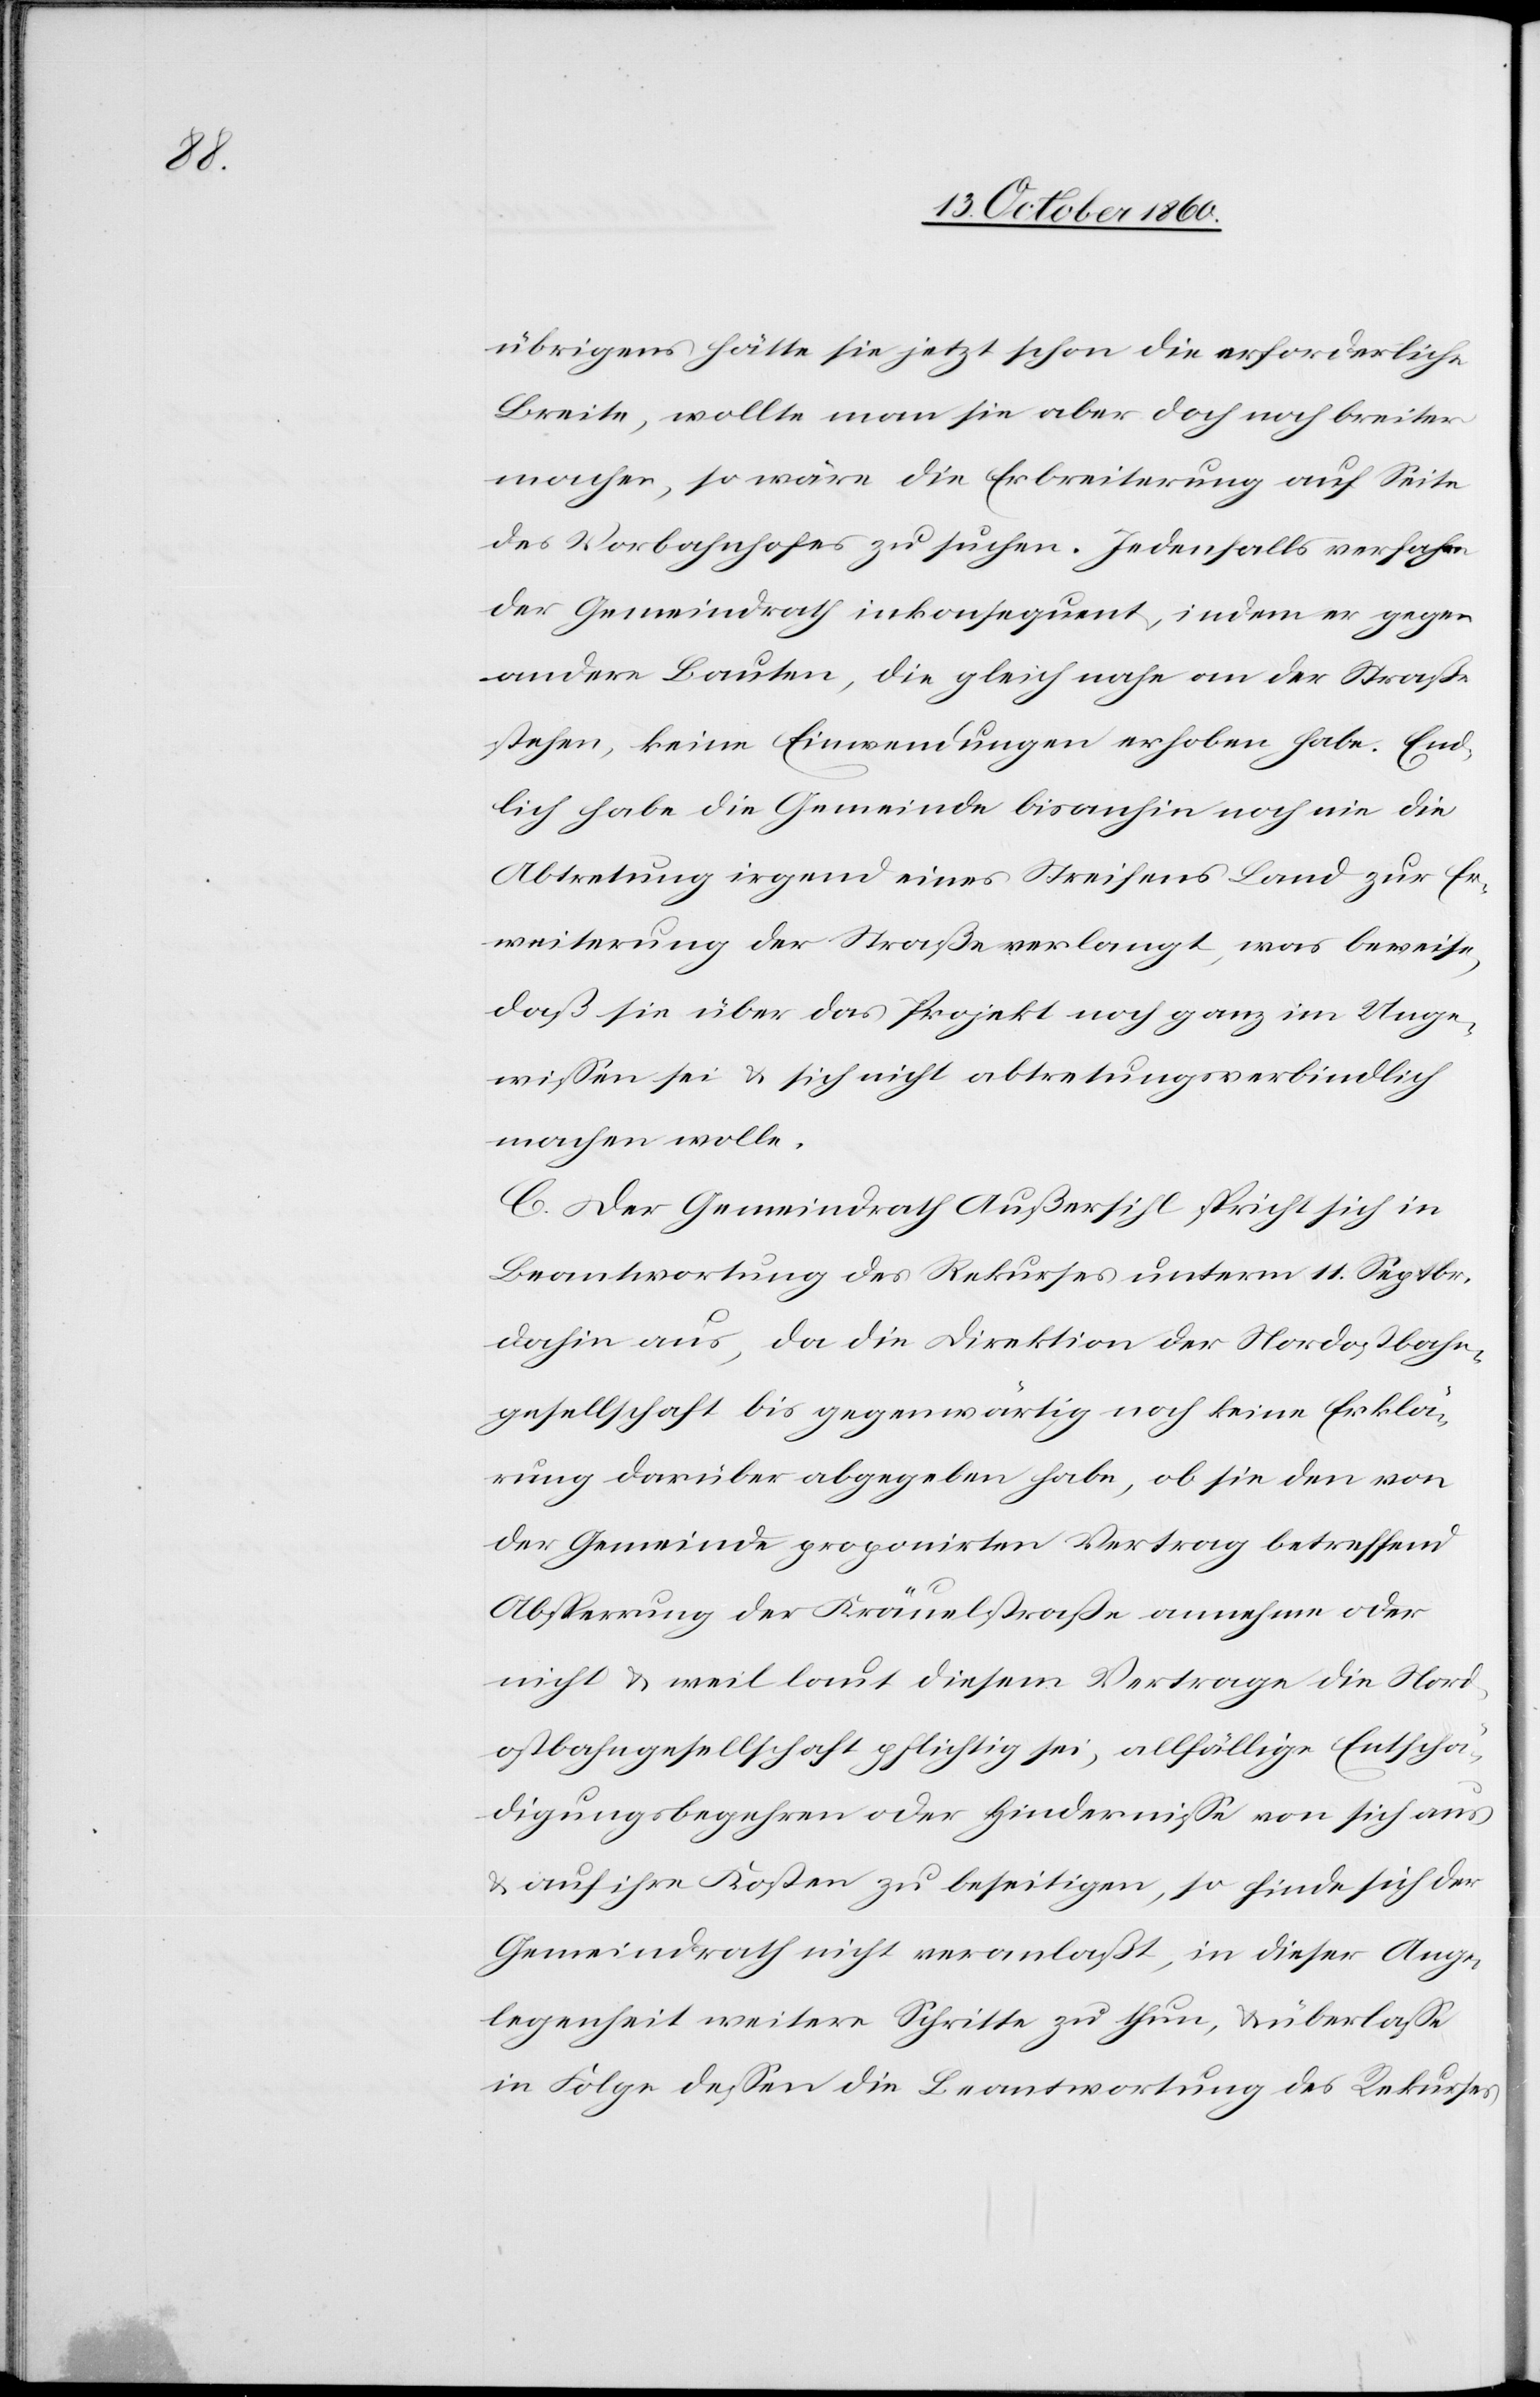
übrigens hätte sie jetzt schon die erforderliche
Breite, wollte man sie aber doch noch breiter
machen, so wäre die Erbreiterung auf Seite
des Vorbahnhofes zu suchen. Jedenfalls verfahre
der Gemeindrath inkonsequent, indem er gegen
andere Bauten, die gleich nahe an der Straße
stehen, keine Einwendungen erhoben habe. End¬
lich habe die Gemeinde bisanhin noch nie die
Abtretung irgend eines Streifens Land zur Er¬
weiterung der Straße verlangt, was beweise,
daß sie über das Projekt noch ganz im Unge¬
wissen sei u. sich nicht abtretungsverbindlich
machen wolle.
C. Der Gemeindrath Außersihl spricht sich in
Beantwortung des Rekurses unterm 11. Septbr.
dahin aus, da die Direktion der Nordostbahn¬
gesellschaft bis gegenwärtig noch keine Erklä¬
rung darüber abgegeben habe, ob sie den von
der Gemeinde proponirten Vertrag betreffend
Absperrung der Kräuelstraße annehme oder
nicht u. weil laut diesem Vertrage die Nord¬
ostbahngesellschaft pflichtig sei, allfällige Entschä¬
digungsbegehren oder Hindernisse von sich aus
u. auf ihre Kosten zu beseitigen, so finde sich der
Gemeindrath nicht veranlaßt, in dieser Ange¬
legenheit weitere Schritte zu thun, u. überlaße
in Folge dessen die Beantwortung des Rekurses